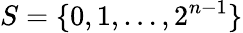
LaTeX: S=\{ 0,1,\ldots,2^{n-1}\}